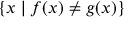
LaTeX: \{ x \mid f ( x ) \neq g ( x ) \}